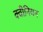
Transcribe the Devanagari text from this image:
क्वीनियन